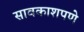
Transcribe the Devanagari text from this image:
सावकाशपणे